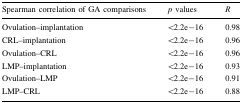
| Spearman correlation of GA comparisons | p values | R |
 | --- | --- | --- |
 | Ovulation–implantation | <2.2e−16 | 0.98 |
 | CRL–implantation | <2.2e−16 | 0.96 |
 | Ovulation–CRL | <2.2e−16 | 0.96 |
 | LMP–implantation | <2.2e−16 | 0.93 |
 | Ovulation–LMP | <2.2e−16 | 0.91 |
 | LMP–CRL | <2.2e−16 | 0.88 |